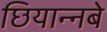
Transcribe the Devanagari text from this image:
छियान्नबे